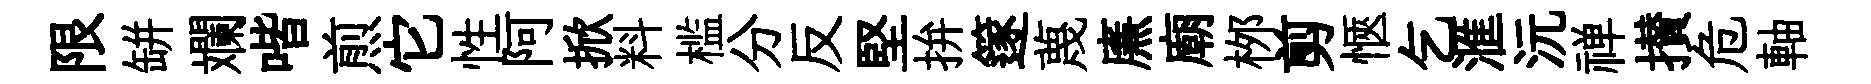
限缾斕喈煎它性阿掀料槛分反堅拚篴蔑㢘廟桞剪愜乞滙沅禅攅危軸